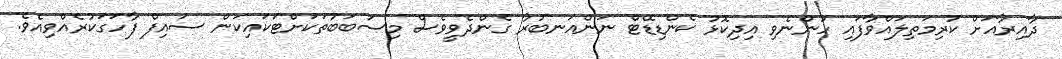
ދާއިރާއަށް ކުރިމަތިލައްވާފައި ހުންނެވި އިދިކޮޅު ކެންޑިޑޭޓް ނަންއަނބުރާ ގެންދެވީވެސް މިސަބަބުތަކަށްޓަކައިކަން ސައިފް ފާހަގަކުރެއްވިއެވެ.